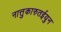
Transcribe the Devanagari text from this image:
नात्तुकारुतईयुन